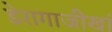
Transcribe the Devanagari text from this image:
डेरागाजीखां